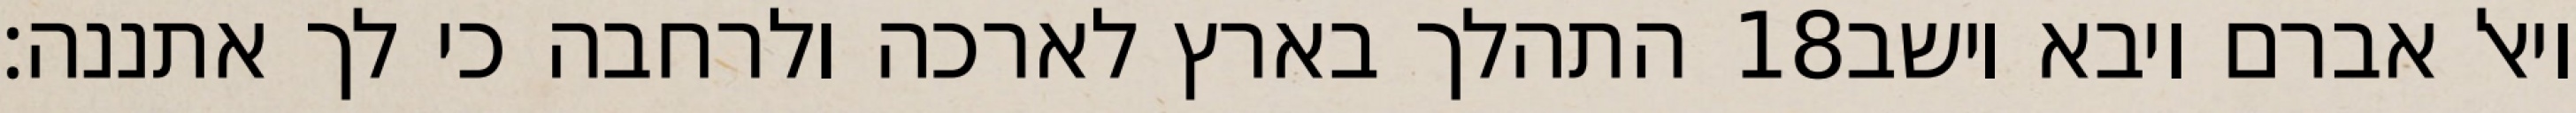
התהלך בארץ לארכה ולרחבה כי לך אתננה׃ ‎18‏ ויאל אברם ויבא וישב